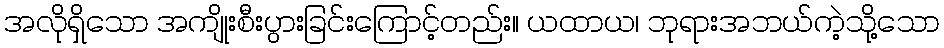
အလိုရှိသော အကျိုးစီးပွားခြင်းကြောင့်တည်း။ ယထာယ၊ ဘုရားအဘယ်ကဲ့သို့သော